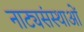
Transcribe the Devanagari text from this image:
नाट्यसंस्थाओं